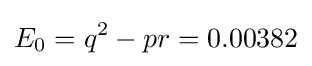
E_{0}=q^{2}-pr=0.00382